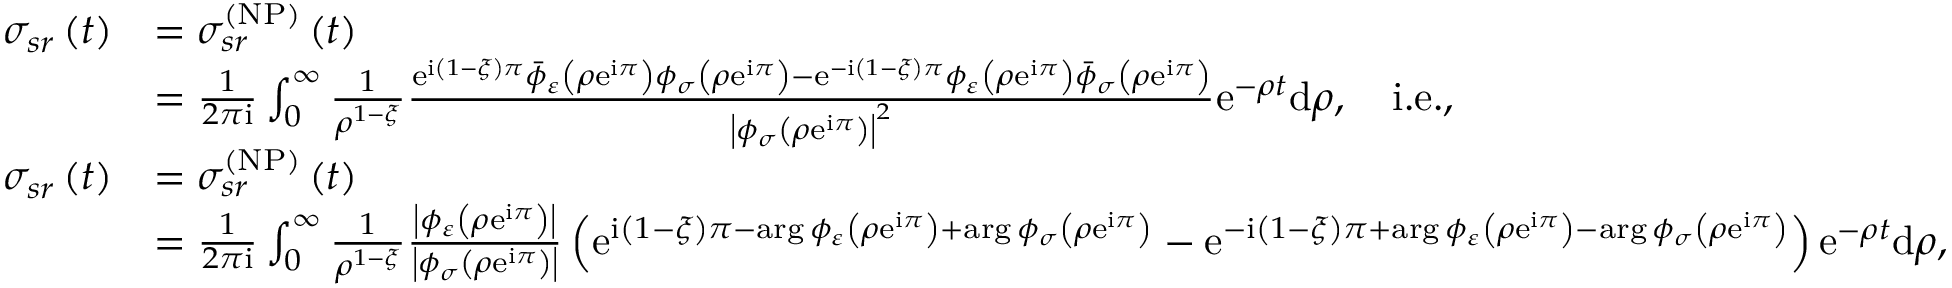
\begin{array} { r l } { \sigma _ { s r } \left( t \right) } & { = \sigma _ { s r } ^ { \left( \mathrm { N P } \right) } \left( t \right) } \\ & { = \frac { 1 } { 2 \pi \mathrm { i } } \int _ { 0 } ^ { \infty } \frac { 1 } { \rho ^ { 1 - \xi } } \frac { \mathrm { e } ^ { \mathrm { i } \left( 1 - \xi \right) \pi } \bar { \phi } _ { \varepsilon } \left( \rho \mathrm { e } ^ { \mathrm { i } \pi } \right) \phi _ { \sigma } \left( \rho \mathrm { e } ^ { \mathrm { i } \pi } \right) - \mathrm { e } ^ { - \mathrm { i } \left( 1 - \xi \right) \pi } \phi _ { \varepsilon } \left( \rho \mathrm { e } ^ { \mathrm { i } \pi } \right) \bar { \phi } _ { \sigma } \left( \rho \mathrm { e } ^ { \mathrm { i } \pi } \right) } { \left\vert \phi _ { \sigma } \left( \rho \mathrm { e } ^ { \mathrm { i } \pi } \right) \right\vert ^ { 2 } } \mathrm { e } ^ { - \rho t } \mathrm { d } \rho , \quad \mathrm { i . e . , } } \\ { \sigma _ { s r } \left( t \right) } & { = \sigma _ { s r } ^ { \left( \mathrm { N P } \right) } \left( t \right) } \\ & { = \frac { 1 } { 2 \pi \mathrm { i } } \int _ { 0 } ^ { \infty } \frac { 1 } { \rho ^ { 1 - \xi } } \frac { \left\vert \phi _ { \varepsilon } \left( \rho \mathrm { e } ^ { \mathrm { i } \pi } \right) \right\vert } { \left\vert \phi _ { \sigma } \left( \rho \mathrm { e } ^ { \mathrm { i } \pi } \right) \right\vert } \left( \mathrm { e } ^ { \mathrm { i } \left( 1 - \xi \right) \pi - \arg \phi _ { \varepsilon } \left( \rho \mathrm { e } ^ { \mathrm { i } \pi } \right) + \arg \phi _ { \sigma } \left( \rho \mathrm { e } ^ { \mathrm { i } \pi } \right) } - \mathrm { e } ^ { - \mathrm { i } \left( 1 - \xi \right) \pi + \arg \phi _ { \varepsilon } \left( \rho \mathrm { e } ^ { \mathrm { i } \pi } \right) - \arg \phi _ { \sigma } \left( \rho \mathrm { e } ^ { \mathrm { i } \pi } \right) } \right) \mathrm { e } ^ { - \rho t } \mathrm { d } \rho , } \end{array}